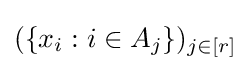
(\{x_{i}:i\in A_{j}\})_{j\in [r]}